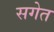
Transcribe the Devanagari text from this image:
सगेत